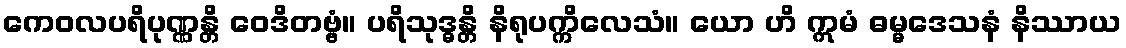
ကေဝလပရိပုဏ္ဏန္တိ ဝေဒိတဗ္ဗံ။ ပရိသုဒ္ဓန္တိ နိရုပက္ကိလေသံ။ ယော ဟိ ဣမံ ဓမ္မဒေသနံ နိဿာယ